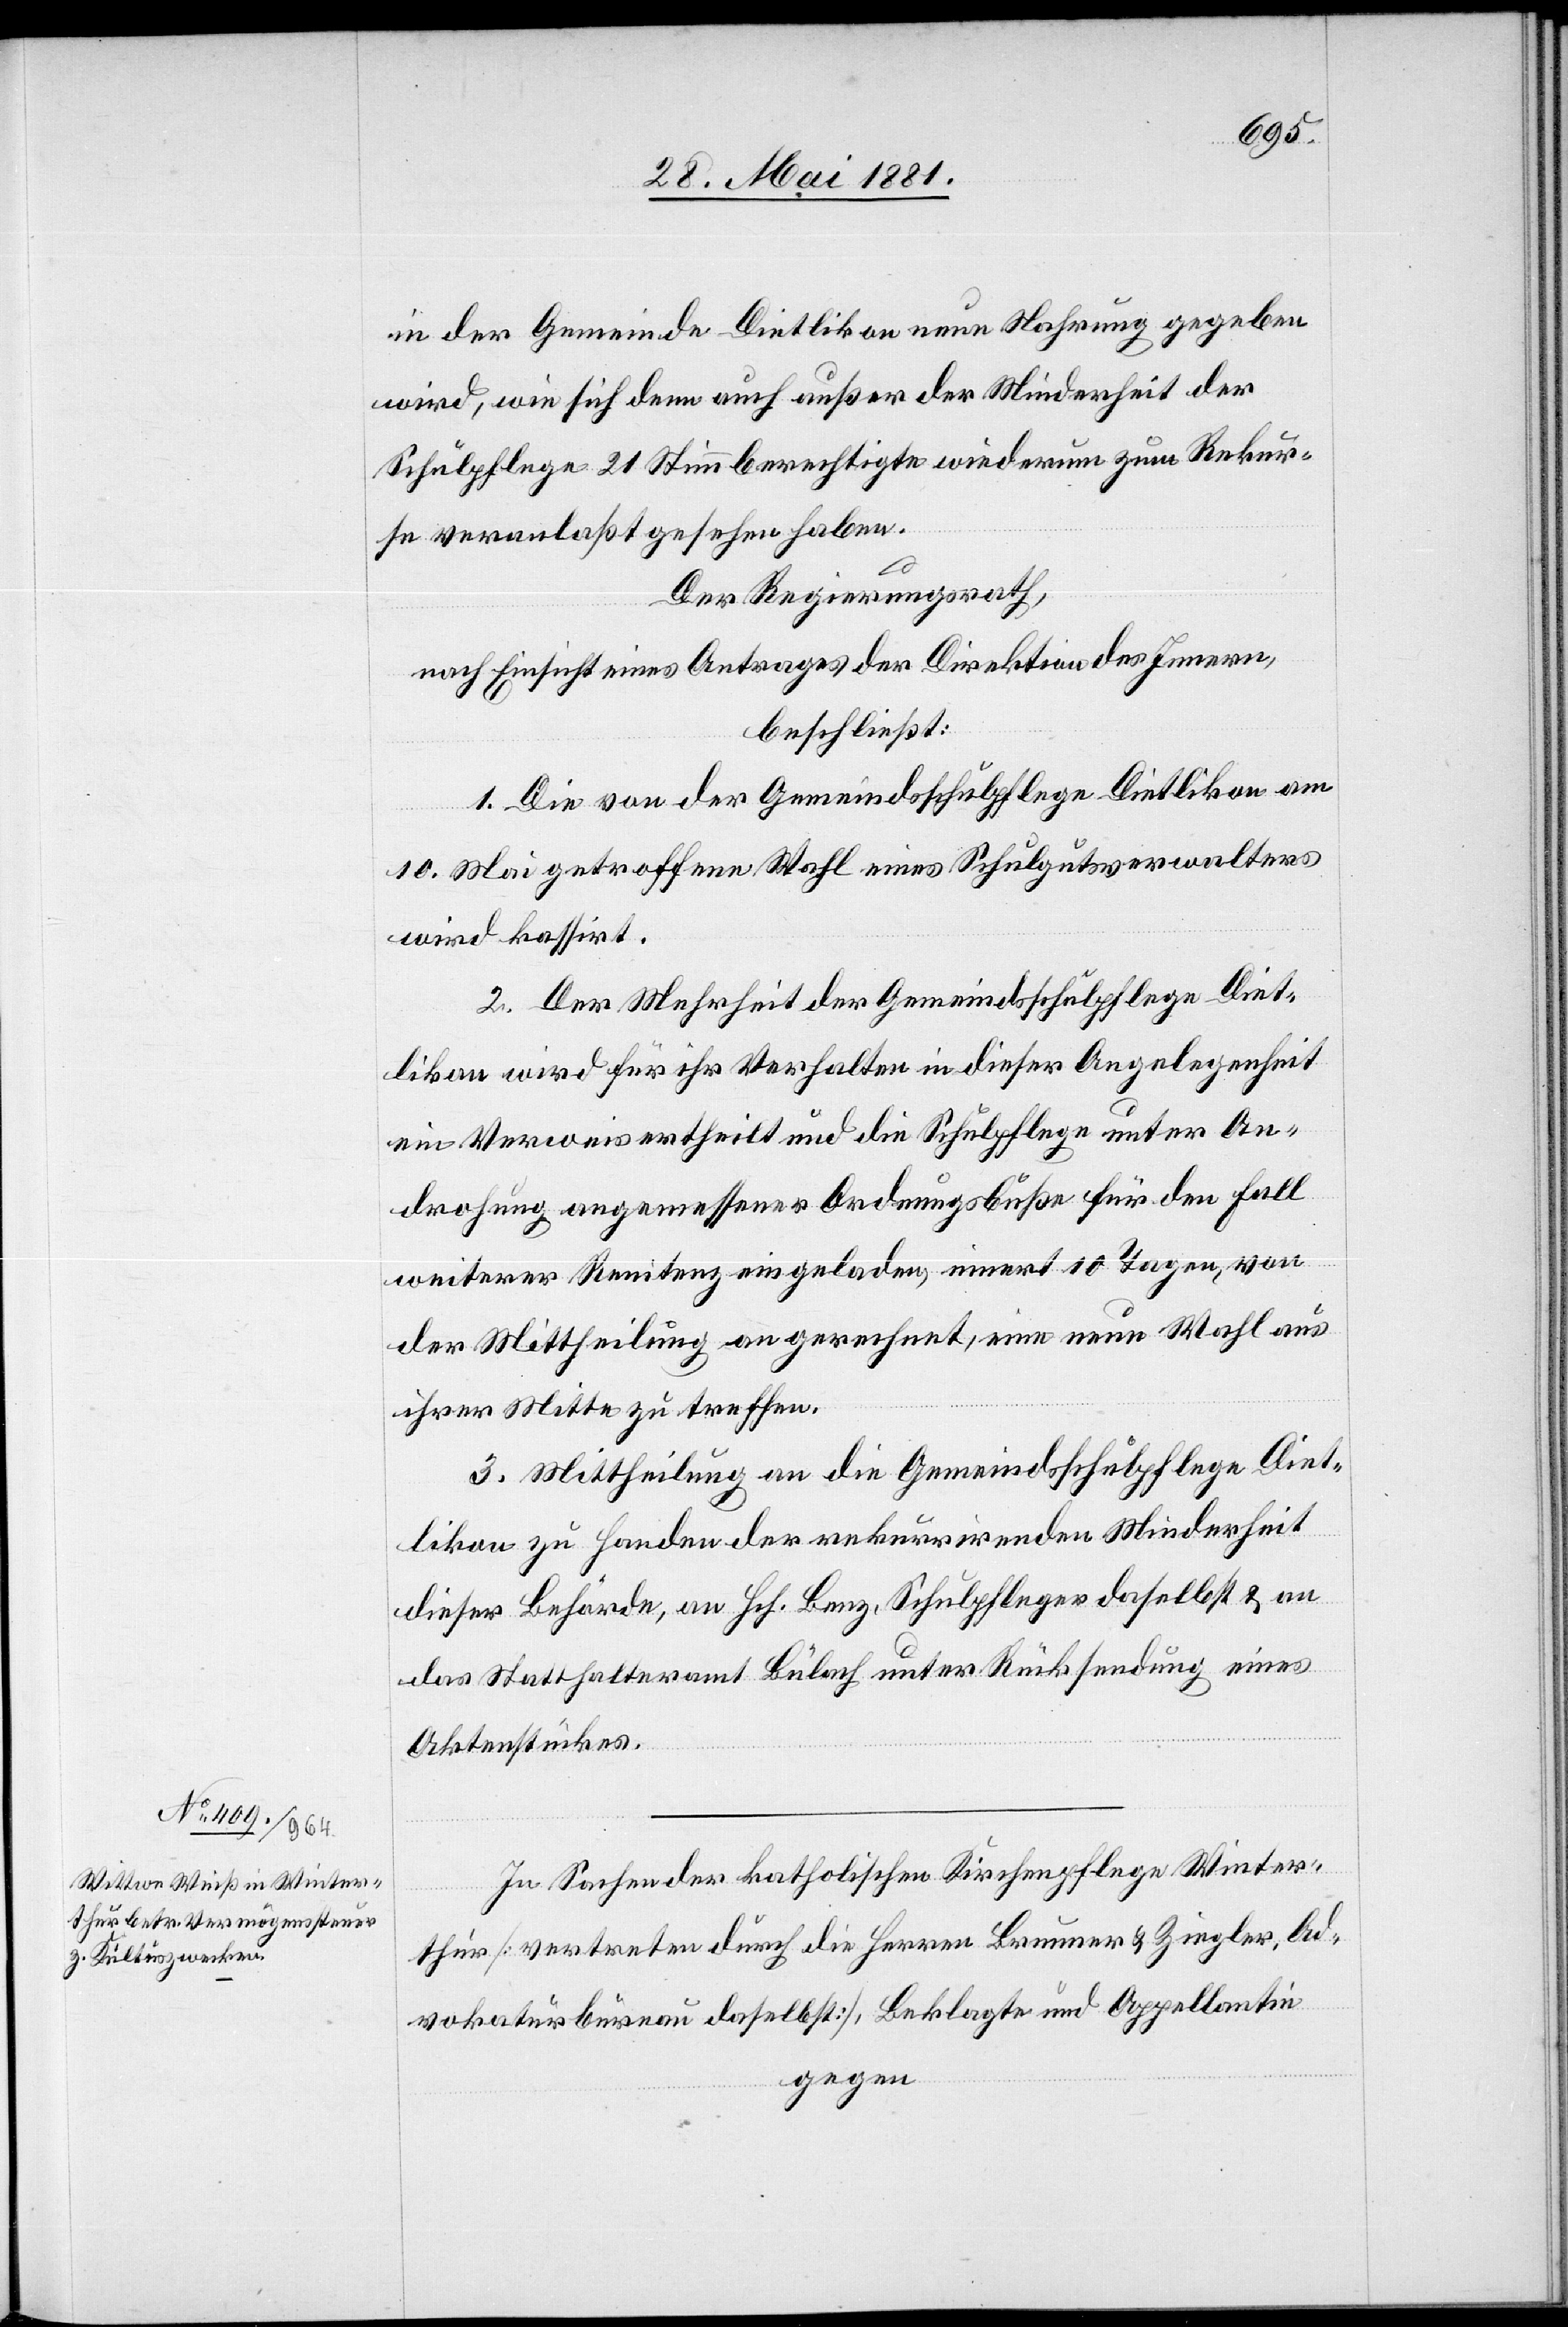
in der Gemeinde Dietlikon neue Nahrung gegeben
wird, wie sich dem auch außer der Minderheit der
Schulpflege 21 Stimmberechtigte wiederum zum Rekur¬
se veranlaßt gesehen haben.
Der Regierungsrath,
nach Einsicht eines Antrages der Direktion des Innern,
beschließt:
1. Die von der Gemeindsschulpflege Dietlikon am
10. Mai getroffene Wahl eines Schulgutsverwalters
wird kassirt.
2. Der Mehrheit der Gemeindsschulpflege Diet¬
likon wird für ihr Verhalten in dieser Angelegenheit
ein Verweis ertheilt und die Schulpflege unter An¬
drohung angemessener Ordnungsbuße für den Fall
weiterer Renitenz eingeladen, innert 10 Tagen, von
der Mittheilung an gerechnet, eine neue Wahl aus
ihrer Mitte zu treffen.
3. Mittheilung an die Gemeindsschulpflege Diet¬
likon zu Handen der rekurrirenden Minderheit
dieser Behörde, an Hch. Benz, Schulpfleger daselbst & an
das Statthalteramt Bülach unter Rücksendung eines
Aktenstückes.
In Sachen der katholischen Kirchenpflege Winter¬
thur [vertreten durch die Herren Brunner & Ziegler, Ad¬
vokaturbureau daselbst], Beklagte und Appellantin
gegen